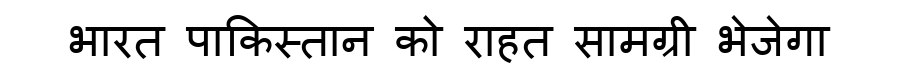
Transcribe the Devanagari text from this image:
भारत पाकिस्तान को राहत सामग्री भेजेगा